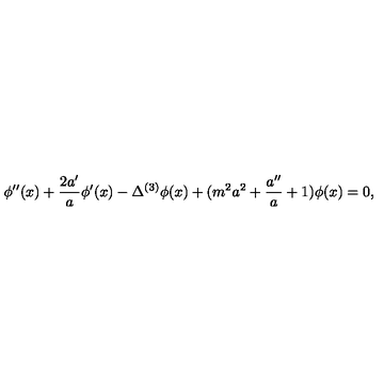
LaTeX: \phi ^ { \prime \prime } ( x ) + \frac { 2 a ^ { \prime } } { a } \phi ^ { \prime } ( x ) - \Delta ^ { ( 3 ) } \phi ( x ) + ( m ^ { 2 } a ^ { 2 } + \frac { a ^ { \prime \prime } } { a } + 1 ) \phi ( x ) = 0 ,